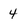
Character: 4